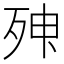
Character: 𣨃